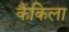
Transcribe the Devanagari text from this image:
कैंकिला